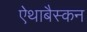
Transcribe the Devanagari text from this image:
ऐथाबैस्कन